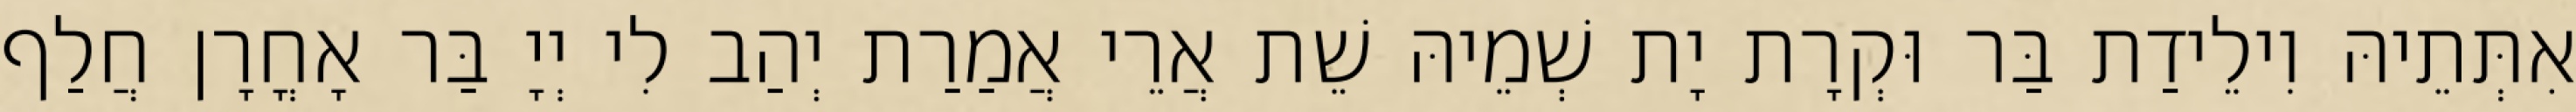
אִתְּתֵיהּ וִילֵידַת בַּר וּקְרָת יָת שְׁמֵיהּ שֵׁת אֲרֵי אֲמַרַת יְהַב לִי יְיָ בַּר אָחֳרָן חֲלַף